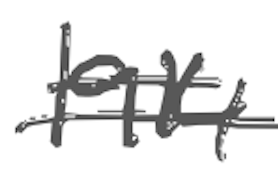
Text: 1914
Cross-out: double-line
Writing tool: digital_gray